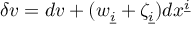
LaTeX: \delta v = d v + ( w _ { \underline { { { i } } } } + \zeta _ { \underline { { { i } } } } ) d x ^ { \underline { { { i } } } }